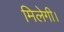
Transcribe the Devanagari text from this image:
मिलेगी।